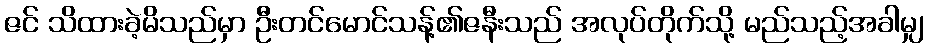
ဇင် သိထားခဲ့မိသည်မှာ ဦးတင်မောင်သန့်၏ဇနီးသည် အလုပ်တိုက်သို့ မည်သည့်အခါမျှ